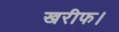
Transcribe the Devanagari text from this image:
खरीफ।